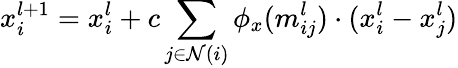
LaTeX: x_{i}^{l+1}=x_{i}^{l}+c\sum_{j\in\mathcal{N}(i)}\phi_{x}(m_{ij}^{l})\cdot(x_{i}^{l}-x_{j}^{l})